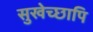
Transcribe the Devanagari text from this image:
सुखेच्छापि